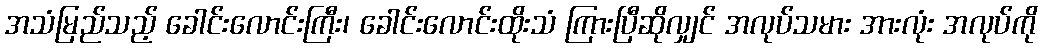
အသံမြည်သည့် ခေါင်းလောင်းကြီး၊ ခေါင်းလောင်းထိုးသံ ကြားပြီဆိုလျှင် အလုပ်သမား အားလုံး အလုပ်ကို